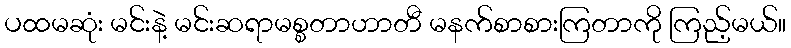
ပထမဆုံး မင်းနဲ့ မင်းဆရာမစ္စတာဟာတီ မနက်စာစားကြတာကို ကြည့်မယ်။